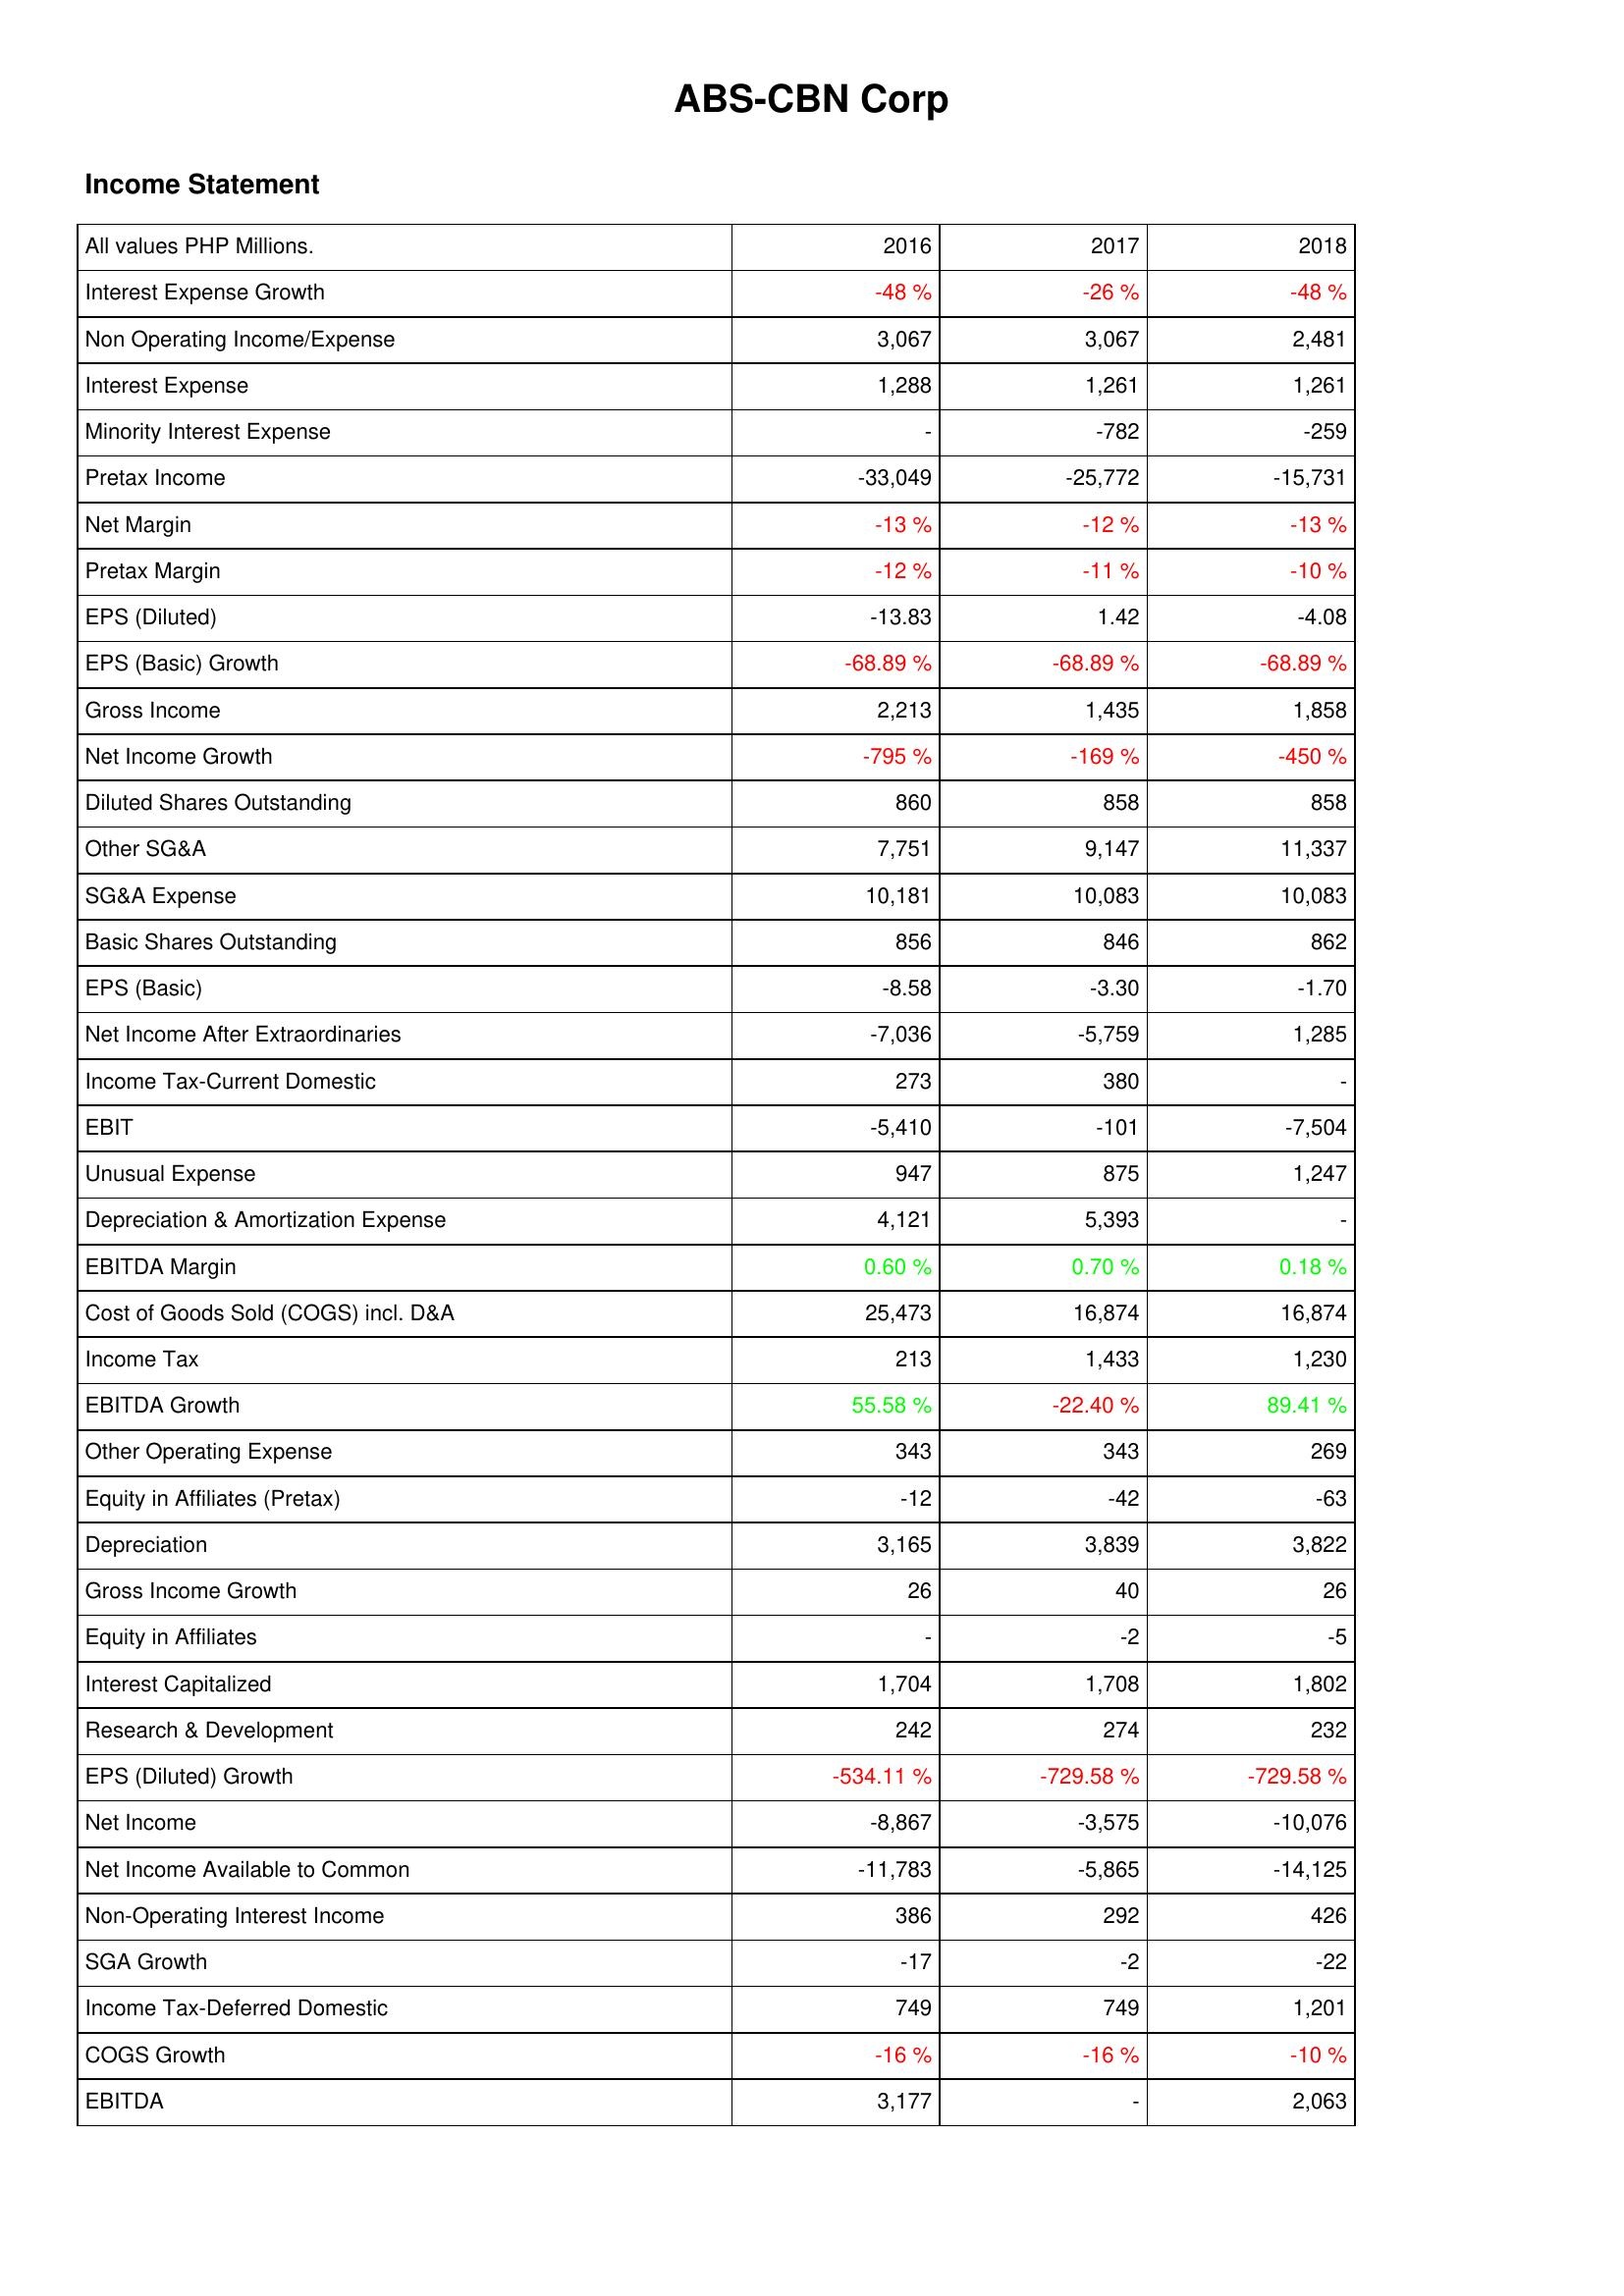
2016: Income Statement: Interest Expense Growth: -48 %
Non Operating Income/Expense: 3,067
Interest Expense: 1,288
Minority Interest Expense: -
Pretax Income: -33,049
Net Margin: -13 %
Pretax Margin: -12 %
EPS (Diluted): -13.83
EPS (Basic) Growth: -68.89 %
Gross Income: 2,213
Net Income Growth: -795 %
Diluted Shares Outstanding: 860
Other SG&A: 7,751
SG&A Expense: 10,181
Basic Shares Outstanding: 856
EPS (Basic): -8.58
Net Income After Extraordinaries: -7,036
Income Tax-Current Domestic: 273
EBIT: -5,410
Unusual Expense: 947
Depreciation & Amortization Expense: 4,121
EBITDA Margin: 0.60 %
Cost of Goods Sold (COGS) incl. D&A: 25,473
Income Tax: 213
EBITDA Growth: 55.58 %
Other Operating Expense: 343
Equity in Affiliates (Pretax): -12
Depreciation: 3,165
Gross Income Growth: 26
Equity in Affiliates: -
Interest Capitalized: 1,704
Research & Development: 242
EPS (Diluted) Growth: -534.11 %
Net Income: -8,867
Net Income Available to Common: -11,783
Non-Operating Interest Income: 386
SGA Growth: -17
Income Tax-Deferred Domestic: 749
COGS Growth: -16 %
EBITDA: 3,177
2017: Income Statement: Interest Expense Growth: -26 %
Non Operating Income/Expense: 3,067
Interest Expense: 1,261
Minority Interest Expense: -782
Pretax Income: -25,772
Net Margin: -12 %
Pretax Margin: -11 %
EPS (Diluted): 1.42
EPS (Basic) Growth: -68.89 %
Gross Income: 1,435
Net Income Growth: -169 %
Diluted Shares Outstanding: 858
Other SG&A: 9,147
SG&A Expense: 10,083
Basic Shares Outstanding: 846
EPS (Basic): -3.30
Net Income After Extraordinaries: -5,759
Income Tax-Current Domestic: 380
EBIT: -101
Unusual Expense: 875
Depreciation & Amortization Expense: 5,393
EBITDA Margin: 0.70 %
Cost of Goods Sold (COGS) incl. D&A: 16,874
Income Tax: 1,433
EBITDA Growth: -22.40 %
Other Operating Expense: 343
Equity in Affiliates (Pretax): -42
Depreciation: 3,839
Gross Income Growth: 40
Equity in Affiliates: -2
Interest Capitalized: 1,708
Research & Development: 274
EPS (Diluted) Growth: -729.58 %
Net Income: -3,575
Net Income Available to Common: -5,865
Non-Operating Interest Income: 292
SGA Growth: -2
Income Tax-Deferred Domestic: 749
COGS Growth: -16 %
EBITDA: -
2018: Income Statement: Interest Expense Growth: -48 %
Non Operating Income/Expense: 2,481
Interest Expense: 1,261
Minority Interest Expense: -259
Pretax Income: -15,731
Net Margin: -13 %
Pretax Margin: -10 %
EPS (Diluted): -4.08
EPS (Basic) Growth: -68.89 %
Gross Income: 1,858
Net Income Growth: -450 %
Diluted Shares Outstanding: 858
Other SG&A: 11,337
SG&A Expense: 10,083
Basic Shares Outstanding: 862
EPS (Basic): -1.70
Net Income After Extraordinaries: 1,285
Income Tax-Current Domestic: -
EBIT: -7,504
Unusual Expense: 1,247
Depreciation & Amortization Expense: -
EBITDA Margin: 0.18 %
Cost of Goods Sold (COGS) incl. D&A: 16,874
Income Tax: 1,230
EBITDA Growth: 89.41 %
Other Operating Expense: 269
Equity in Affiliates (Pretax): -63
Depreciation: 3,822
Gross Income Growth: 26
Equity in Affiliates: -5
Interest Capitalized: 1,802
Research & Development: 232
EPS (Diluted) Growth: -729.58 %
Net Income: -10,076
Net Income Available to Common: -14,125
Non-Operating Interest Income: 426
SGA Growth: -22
Income Tax-Deferred Domestic: 1,201
COGS Growth: -10 %
EBITDA: 2,063